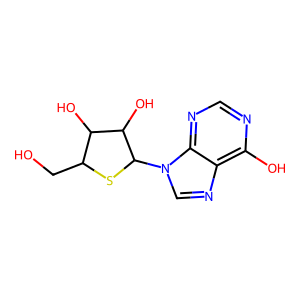
SMILES: OCC1SC(n2cnc3c(O)ncnc32)C(O)C1O
Inhibits HIV replication: No